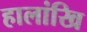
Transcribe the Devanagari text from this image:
हालांखि